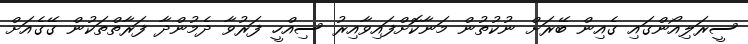
ސީރަލިއޯންގައި ގެއިން ބޭރަށް ނުކުތުން މަނާކޮށްފައިވާއިރު ސިއްހީ ފަރުވާ ދެމުންދާ ފަރާތްތަކުން ގޭގެއަށް